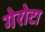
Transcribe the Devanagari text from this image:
गेरोटा